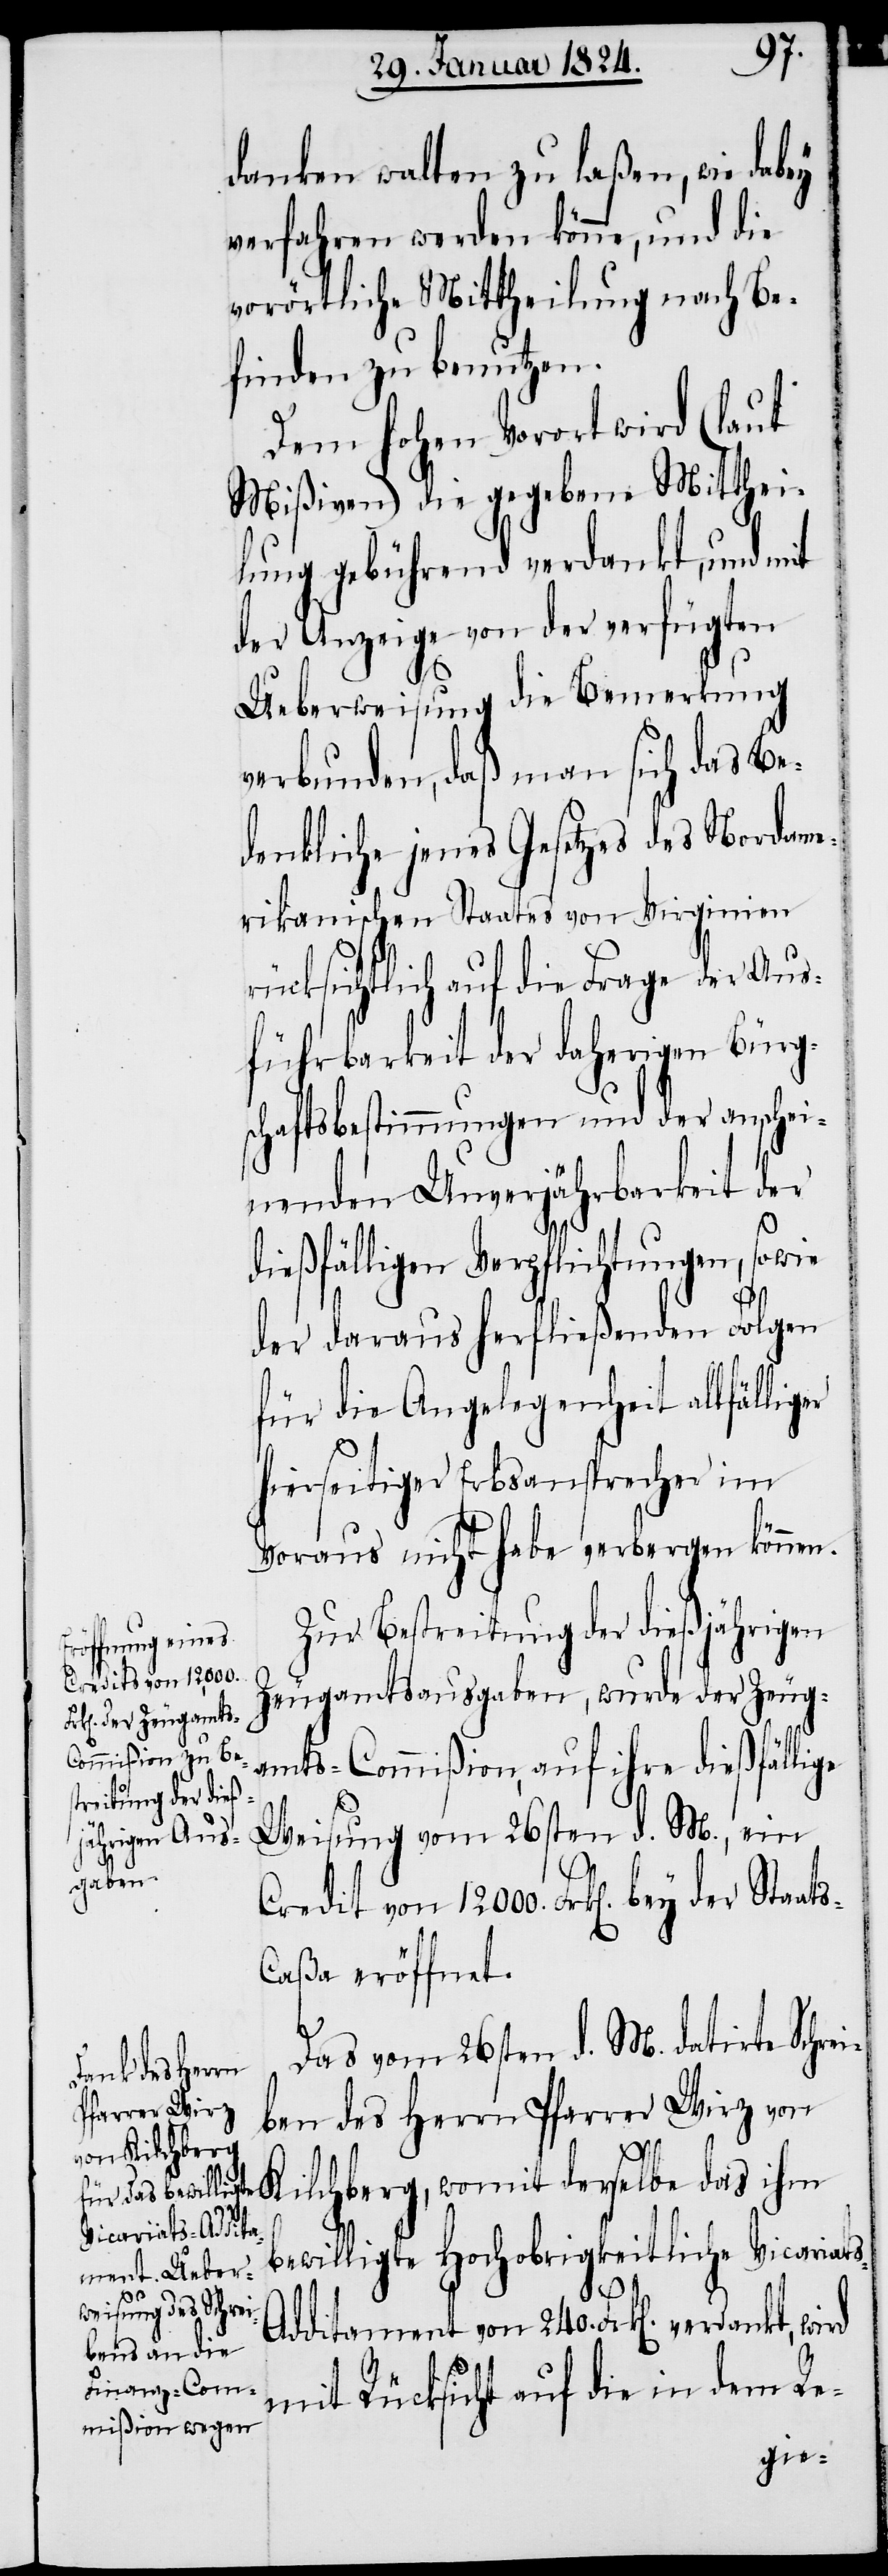
danken walten zu laßen, wie dabey
verfahren werden könne, und die
vorörtliche Mittheilung nach Be¬
finden zu benutzen.
Dem hohen Vorort wird (laut
Mißiven) die gegebene Mitthei¬
lung gebührend verdankt, und mit
der Anzeige von der verfügten
Ueberweisung die Bemerkung
verbunden, daß man sich das Be¬
denkliche jenes Gesetzes des Nordame¬
rikanischen Staates von Virginien
rücksichtlich auf die Frage der Aus¬
führbarkeit der daherigen Bürg¬
schaftsbestimmungen und der anschei¬
nenden Unverjährbarkeit der
dießfälligen Verpflichtungen, sowie
ats-C¬
der daraus herfließenden Folgen
für die Angelegenheit allfälliger
hierseitiger Erbsansprecher im
Voraus nicht habe verbergen können.
Zur Bestreitung der dießjährigen
Credit von 1200.
Zeugamtsausgaben, wurde der Zeug¬
amts-Commißion, auf ihre dießfällige
Weisung vom 26sten d. M., ein
aßa eröffnet.
Das vom 26sten d. M. datirte Schrei¬
ben des Herrn Pfarrer Wirz von
Kilchberg, womit derselbe das ihm
bewilligte Hochobrigkeitliche Vicariat¬
s-A¬
dditament von 240. Frk[en]. verdankt, wird
mit Rücksicht auf die in dem Re-